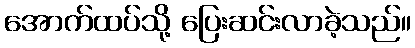
အောက်ထပ်သို့ ပြေးဆင်းလာခဲ့သည်။